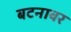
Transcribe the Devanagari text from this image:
बटनावर